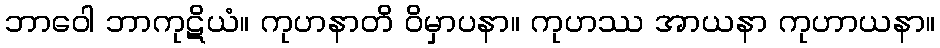
ဘာဝေါ ဘာကုဋိယံ။ ကုဟနာတိ ဝိမှာပနာ။ ကုဟဿ အာယနာ ကုဟာယနာ။